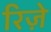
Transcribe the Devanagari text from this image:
रिज़े